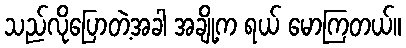
သည်လိုပြောတဲ့အခါ အချို့က ရယ် မောကြတယ်။